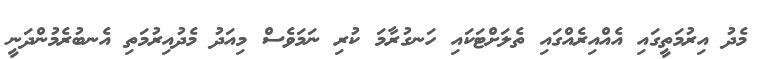
މެދު އިރުމަތީގައި އެއްއިރެއްގައި ތެލަށްޓަކައި ހަނގުރާމަ ކުރި ނަމަވެސް މިއަދު މެދުއިރުމަތި އެނބުރެމުންދަނީ